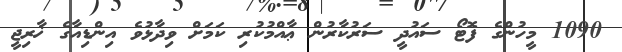
1090 މީހުންގެ ފޮޓޯ ސައުދީ ސަރުކާރުން ޢާއްމުކުރި ކަމަށް ވިދާޅުވެ އިންޑިއާގެ ޚާރިޖީ